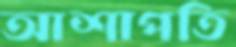
আশাপতি